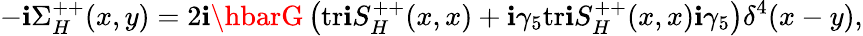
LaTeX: -\mathbf{i}\Sigma_{H}^{++}(x,y)=2\mathbf{i}\hbarG\left(\mathrm{{tr}}\mathbf{i}S_{H}^{++}(x,x)+\mathbf{i}\gamma_{5}\mathrm{{tr}}\mathbf{i}S_{H}^{++}(x,x)\mathbf{i}\gamma_{5}\right)\delta^{4}(x-y),